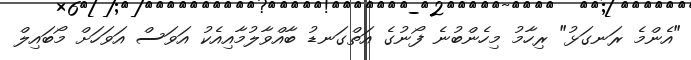
"އެންމެ ރަނގަޅު" ރިހާމު މިހެންބުނެ ފޯނުގެ އަތްގަނޑު ބާއްވާލުމާއިއެކު އަވަސް އަވަހަށް މޯބައިލް